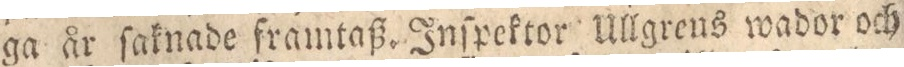
ga år ſaknade framtaß. Inſpektor Ullgrens wador och